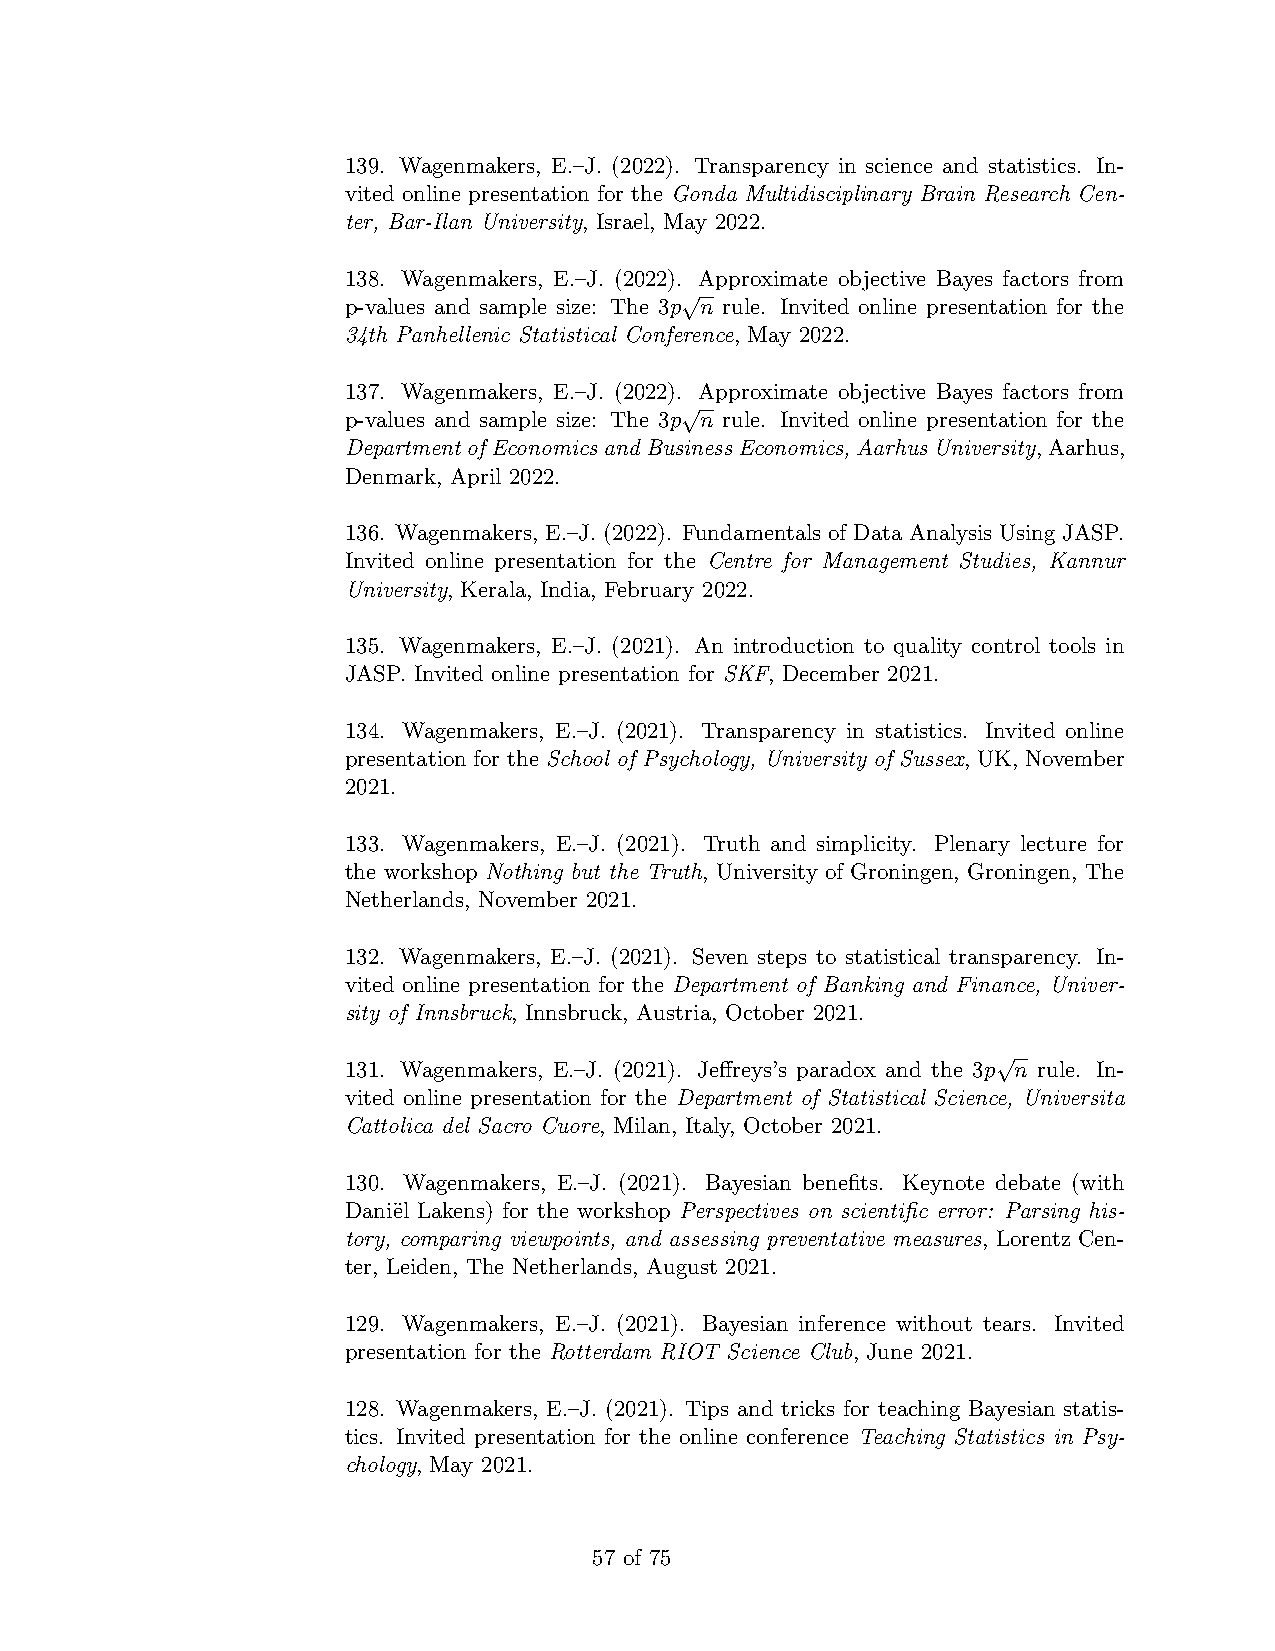
139. Wagenmakers, E.–J. (2022). Transparency in science and statistics. In-
 vited online presentation for the Gonda Multidisciplinary Brain Research Cen-
 ter, Bar-Ilan University, Israel, May 2022.
 138. Wagenmakers, E.–J. (2022). Approximate objective Bayes factors from
 √
 p-values and sample size: The 3p n rule. Invited online presentation for the
 34th Panhellenic Statistical Conference, May 2022.
 137. Wagenmakers, E.–J. (2022). Approximate objective Bayes factors from
 √
 p-values and sample size: The 3p n rule. Invited online presentation for the
 DepartmentofEconomicsandBusinessEconomics, AarhusUniversity,Aarhus,
 Denmark, April 2022.
 136. Wagenmakers, E.–J. (2022). Fundamentals of Data Analysis Using JASP.
 Invited online presentation for the Centre for Management Studies, Kannur
 University, Kerala, India, February 2022.
 135. Wagenmakers, E.–J. (2021). An introduction to quality control tools in
 JASP. Invited online presentation for SKF, December 2021.
 134. Wagenmakers, E.–J. (2021). Transparency in statistics. Invited online
 presentation for the School of Psychology, University of Sussex, UK, November
 2021.
 133. Wagenmakers, E.–J. (2021). Truth and simplicity. Plenary lecture for
 the workshop Nothing but the Truth, University of Groningen, Groningen, The
 Netherlands, November 2021.
 132. Wagenmakers, E.–J. (2021). Seven steps to statistical transparency. In-
 vited online presentation for the Department of Banking and Finance, Univer-
 sity of Innsbruck, Innsbruck, Austria, October 2021.
 √
 131. Wagenmakers, E.–J. (2021). Jeffreys’s paradox and the 3p n rule. In-
 vited online presentation for the Department of Statistical Science, Universita
 Cattolica del Sacro Cuore, Milan, Italy, October 2021.
 130. Wagenmakers, E.–J. (2021). Bayesian benefits. Keynote debate (with
 Dani¨el Lakens) for the workshop Perspectives on scientific error: Parsing his-
 tory, comparing viewpoints, and assessing preventative measures, Lorentz Cen-
 ter, Leiden, The Netherlands, August 2021.
 129. Wagenmakers, E.–J. (2021). Bayesian inference without tears. Invited
 presentation for the Rotterdam RIOT Science Club, June 2021.
 128. Wagenmakers, E.–J. (2021). Tips and tricks for teaching Bayesian statis-
 tics. Invited presentation for the online conference Teaching Statistics in Psy-
 chology, May 2021.
 57 of 75